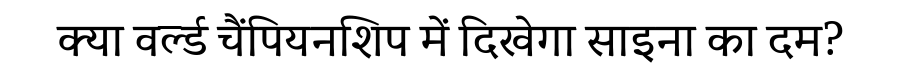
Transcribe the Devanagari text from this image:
क्या वर्ल्ड चैंपियनशिप में दिखेगा साइना का दम?